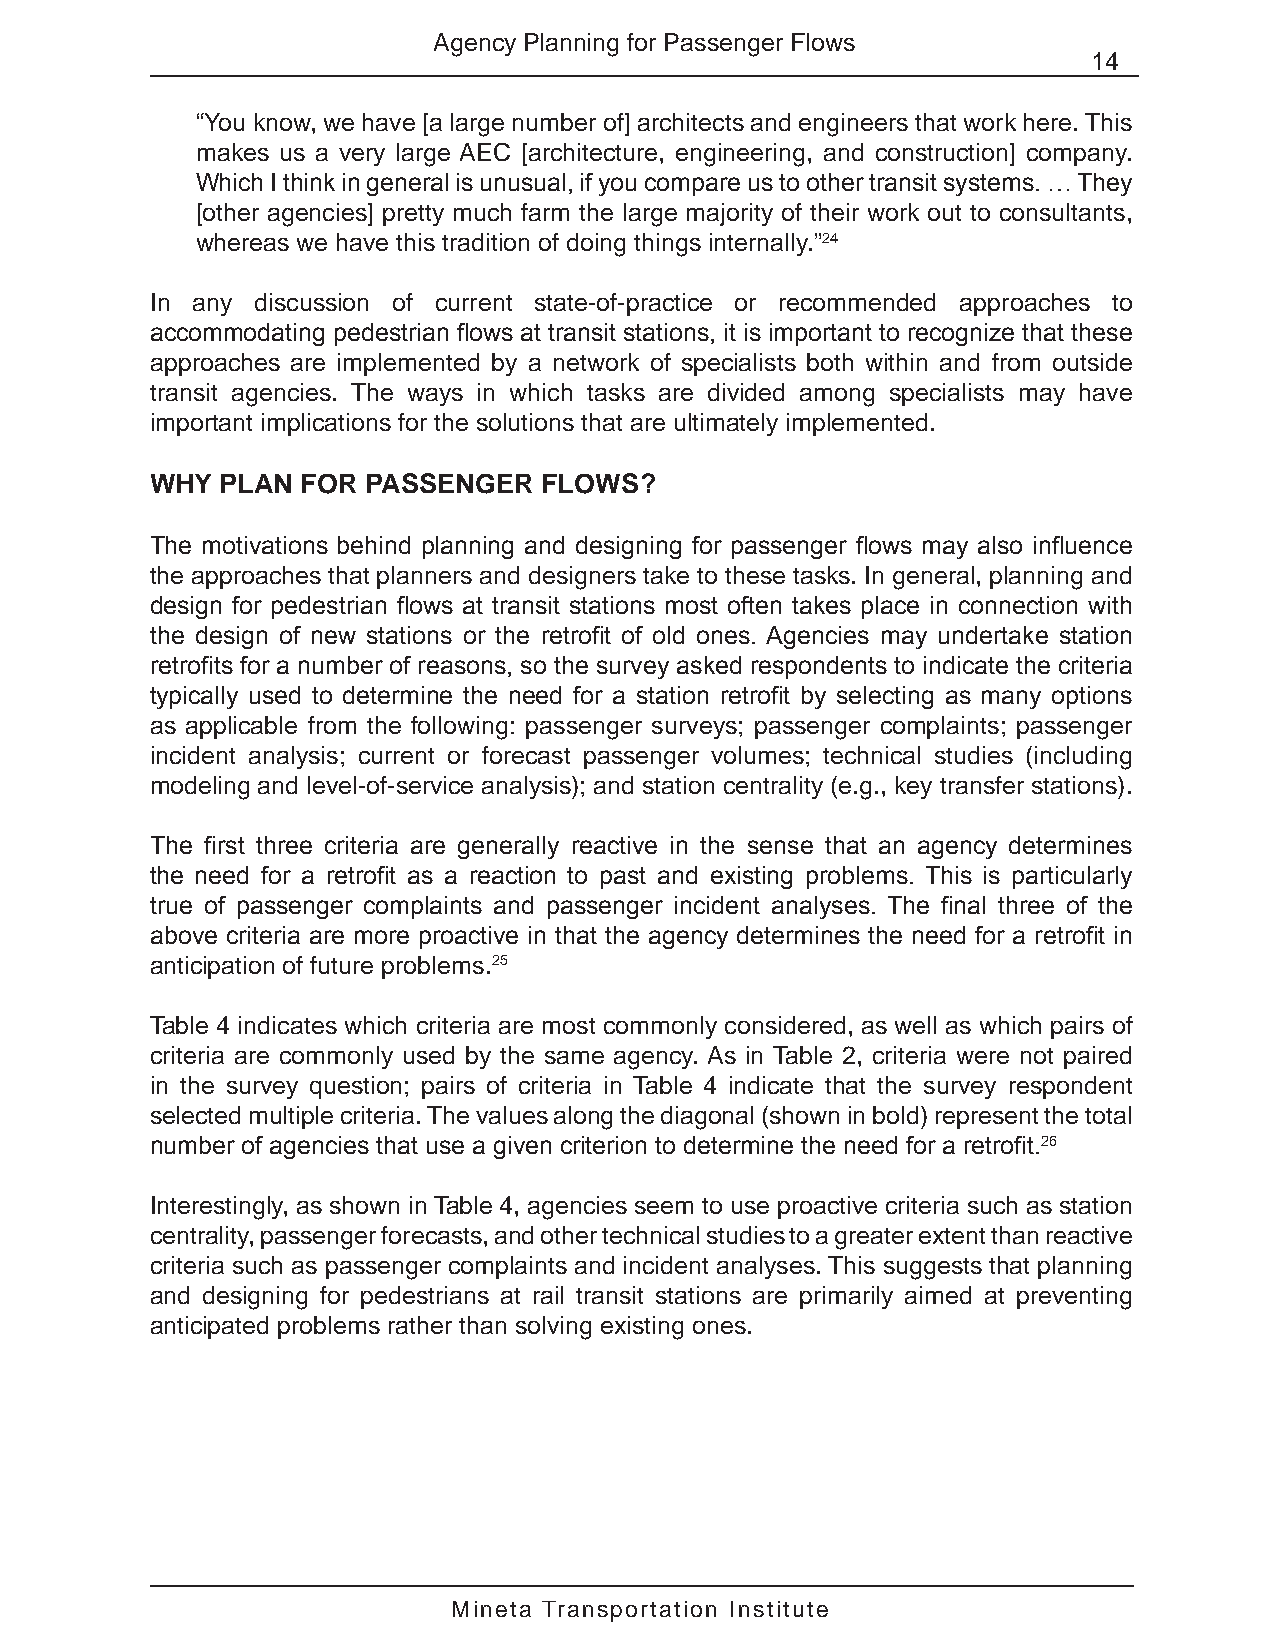
Agency Planning for Passenger Flows
 14
 “You know, we have [a large number of] architects and engineers that work here. This
 makes us a very large AEC [architecture, engineering, and construction] company.
 Which I think in general is unusual, if you compare us to other transit systems. … They
 [other agencies] pretty much farm the large majority of their work out to consultants,
 whereas we have this tradition of doing things internally.”24
 In any discussion of current state-of-practice or recommended approaches to
 accommodating pedestrian flows at transit stations, it is important to recognize that these
 approaches are implemented by a network of specialists both within and from outside
 transit agencies. The ways in which tasks are divided among specialists may have
 important implications for the solutions that are ultimately implemented.
 WHY  PLAN FOR PASSENGER   FLOWS?
 The motivations behind planning and designing for passenger flows may also influence
 the approaches that planners and designers take to these tasks. In general, planning and
 design for pedestrian flows at transit stations most often takes place in connection with
 the design of new stations or the retrofit of old ones. Agencies may undertake station
 retrofits for a number of reasons, so the survey asked respondents to indicate the criteria
 typically used to determine the need for a station retrofit by selecting as many options
 as applicable from the following: passenger surveys; passenger complaints; passenger
 incident analysis; current or forecast passenger volumes; technical studies (including
 modeling and level-of-service analysis); and station centrality (e.g., key transfer stations).
 The first three criteria are generally reactive in the sense that an agency determines
 the need for a retrofit as a reaction to past and existing problems. This is particularly
 true of passenger complaints and passenger incident analyses. The final three of the
 above criteria are more proactive in that the agency determines the need for a retrofit in
 anticipation of future problems.25
 Table 4 indicates which criteria are most commonly considered, as well as which pairs of
 criteria are commonly used by the same agency. As in Table 2, criteria were not paired
 in the survey question; pairs of criteria in Table 4 indicate that the survey respondent
 selected multiple criteria. The values along the diagonal (shown in bold) represent the total
 number of agencies that use a given criterion to determine the need for a retrofit.26
 Interestingly, as shown in Table 4, agencies seem to use proactive criteria such as station
 centrality, passenger forecasts, and other technical studies to a greater extent than reactive
 criteria such as passenger complaints and incident analyses. This suggests that planning
 and designing for pedestrians at rail transit stations are primarily aimed at preventing
 anticipated problems rather than solving existing ones.
 Mineta Transportation Institute